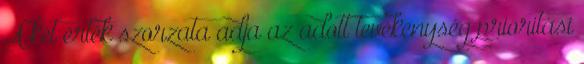
A két érték szorzata adja az adott tevékenység prioritási